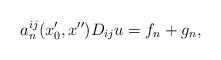
LaTeX: \begin{align*} a_n^{ij}(x_0',x'')D_{ij}u=f_n+g_n,\end{align*}